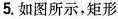
5.如图所示，矩形